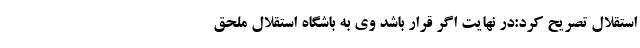
استقلال تصریح کرد:در نهایت اگر قرار باشد وی به باشگاه استقلال ملحق